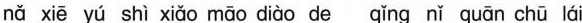
nǎ xiē yú shì xiǎo māo diào de qǐng nǐ quān chū lái